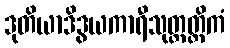
ဒုတိယာဒိဒွယကာရီသုတ္တတ္တိကံ